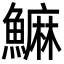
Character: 䲈